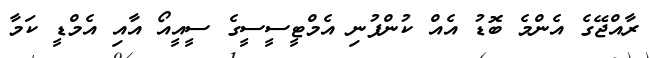
ރާއްޖޭގެ އެންމެ ބޮޑު އެއް ކުންފުނި އެމްޓީސީސީގެ ސީއީއޯ އާއި އެމްޑީ ކަމާ